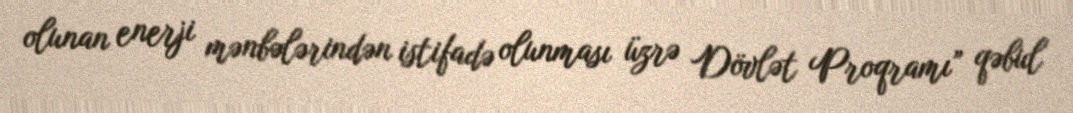
olunan enerji mənbələrindən istifadə olunması üzrə Dövlət Proqramı” qəbul